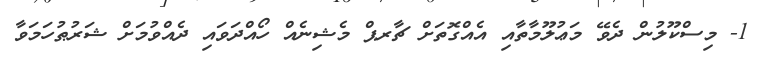
1- މިސްކޫލުން ދެވޭ މަޢުލޫމާތާއި އެއްގޮތަށް ޗާރޕް މެޝިނެއް ހޯއްދަވައި ދެއްވުމަށް ޝަރުޠުހަމަވާ